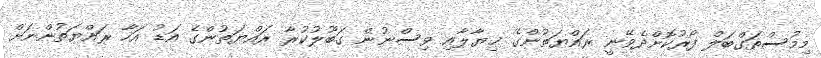
މިމުސްތަގްބަލް ފޯރުކޮށްދެވޭނީ ރައްޔަތުންގެ ޚިޔާލާއި ވިސްނުން ގަބޫލުކުރާ ރައްޔަތުންގެ އަޑު އަހާ ރައްޔަތުންނަށް